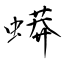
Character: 蟒